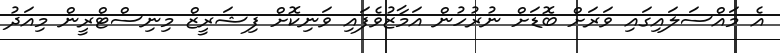
އެ މައްސަލައިގައި ވަރަށް ބޮޑަށް ނުރުހުން އަމާޒުވެފައި ވަނިކޮށް ފިޝަރީޒް މިނިސްޓްރީން މިއަދު